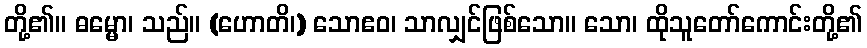
တို့၏။ ဓမ္မော၊ သည်။ (ဟောတိ၊) သောဧဝ၊ သာလျှင်ဖြစ်သော။ သော၊ ထိုသူတော်ကောင်းတို့၏